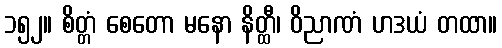
၁၅၂။ စိတ္တံ စေတော မနော နိတ္ထီ၊ ဝိညာဏံ ဟဒယံ တထာ။